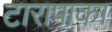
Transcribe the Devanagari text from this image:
टारापाका